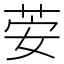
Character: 荌